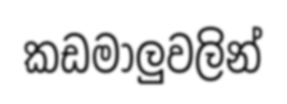
කඩමාලුවලින්